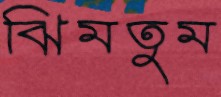
ঝিমতুম